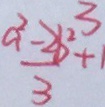
\frac { a ^ { 2 } - 2 b ^ { 2 } ^ { 3 } } { 3 } + 1